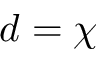
d = \chi